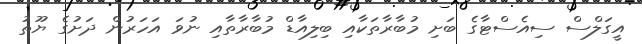
އީގަލްސް ސިއެސްޓާގެ ބަށި މުބާރާތަކާއި ބިލިއާޑް މުބާރާތާއި ނުވަ އަހަރުން ދަށުގެ ޔޫތު